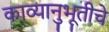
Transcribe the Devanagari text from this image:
काव्यानुभूतीचे